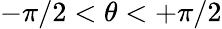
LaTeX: -\pi/2<\theta<+\pi/2